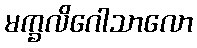
မက္ခလိဂေါသာလော